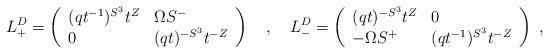
LaTeX: \begin{align*}L^D_+=\left(\begin{array}{ll}(qt^{-1})^{S^3}t^Z & \Omega S^-\\0 & (qt)^{-S^3}t^{-Z}\end{array}\right)\ \ \ ,\ \ \ L^D_-=\left(\begin{array}{ll}(qt)^{-S^3}t^Z & 0\\-\Omega S^+ & (qt^{-1})^{S^3}t^{-Z}\end{array}\right)\ ,\end{align*}